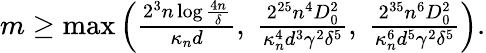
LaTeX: \begin{array}{r}{m\geq\operatorname*{max}\left(\frac{2^{3}n\log\frac{4n}{\delta}}{\kappa_{n}{d}},\; \frac{2^{25}n^{4}D_{0}^{2}}{\kappa_{n}^{4}{d}^{3}\gamma^{2}\delta^{5}},\; \frac{2^{35}n^{6}D_{0}^{2}}{\kappa_{n}^{6}{d}^{5}\gamma^{2}\delta^{5}}\right).}\end{array}